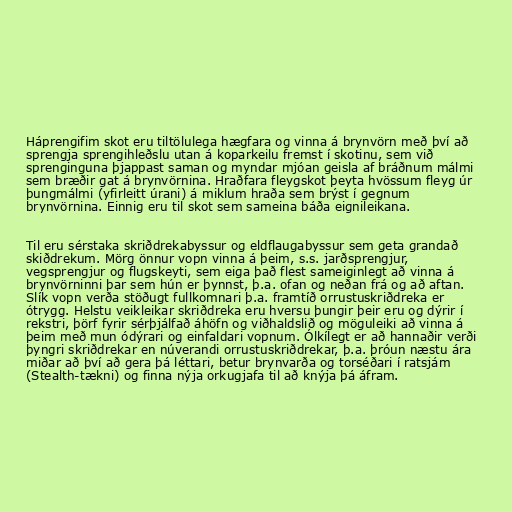
Háprengifim skot eru tiltölulega hægfara og vinna á brynvörn með því að
sprengja sprengihleðslu utan á koparkeilu fremst í skotinu, sem við
sprenginguna þjappast saman og myndar mjóan geisla af bráðnum málmi
sem bræðir gat á brynvörnina. Hraðfara fleygskot þeyta hvössum fleyg úr
þungmálmi (yfirleitt úrani) á miklum hraða sem brýst í gegnum
brynvörnina. Einnig eru til skot sem sameina báða eignileikana.

Til eru sérstaka skriðdrekabyssur og eldflaugabyssur sem geta grandað
skiðdrekum. Mörg önnur vopn vinna á þeim, s.s. jarðsprengjur,
vegsprengjur og flugskeyti, sem eiga það flest sameiginlegt að vinna á
brynvörninni þar sem hún er þynnst, þ.a. ofan og neðan frá og að aftan.
Slík vopn verða stöðugt fullkomnari þ.a. framtíð orrustuskriðdreka er
ótrygg. Helstu veikleikar skriðdreka eru hversu þungir þeir eru og dýrir í
rekstri, þörf fyrir sérþjálfað áhöfn og viðhaldslið og möguleiki að vinna á
þeim með mun ódýrari og einfaldari vopnum. Ólkílegt er að hannaðir verði
þyngri skriðdrekar en núverandi orrustuskriðdrekar, þ.a. þróun næstu ára
miðar að því að gera þá léttari, betur brynvarða og torséðari í ratsjám
(Stealth-tækni) og finna nýja orkugjafa til að knýja þá áfram.